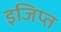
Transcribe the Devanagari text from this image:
इजिप्‍त